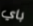
باي